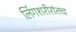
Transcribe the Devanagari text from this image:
लिंगशरीरांतच